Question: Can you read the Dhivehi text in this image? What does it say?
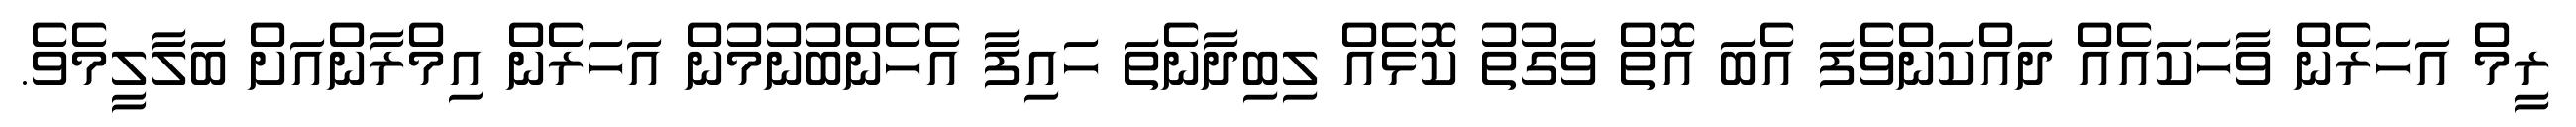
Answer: ރީމް އަހަރެން ވާހަކައެއް ދައްކަންވެފަ އެބަ އޮތް ވަގުތު ކޮޅެއް ލިބިދާނެތަ ހައިފާ އެހެންބުނުމުން އަހަރެން އިމްރާންއަށް ބަލާލީމެވެ.